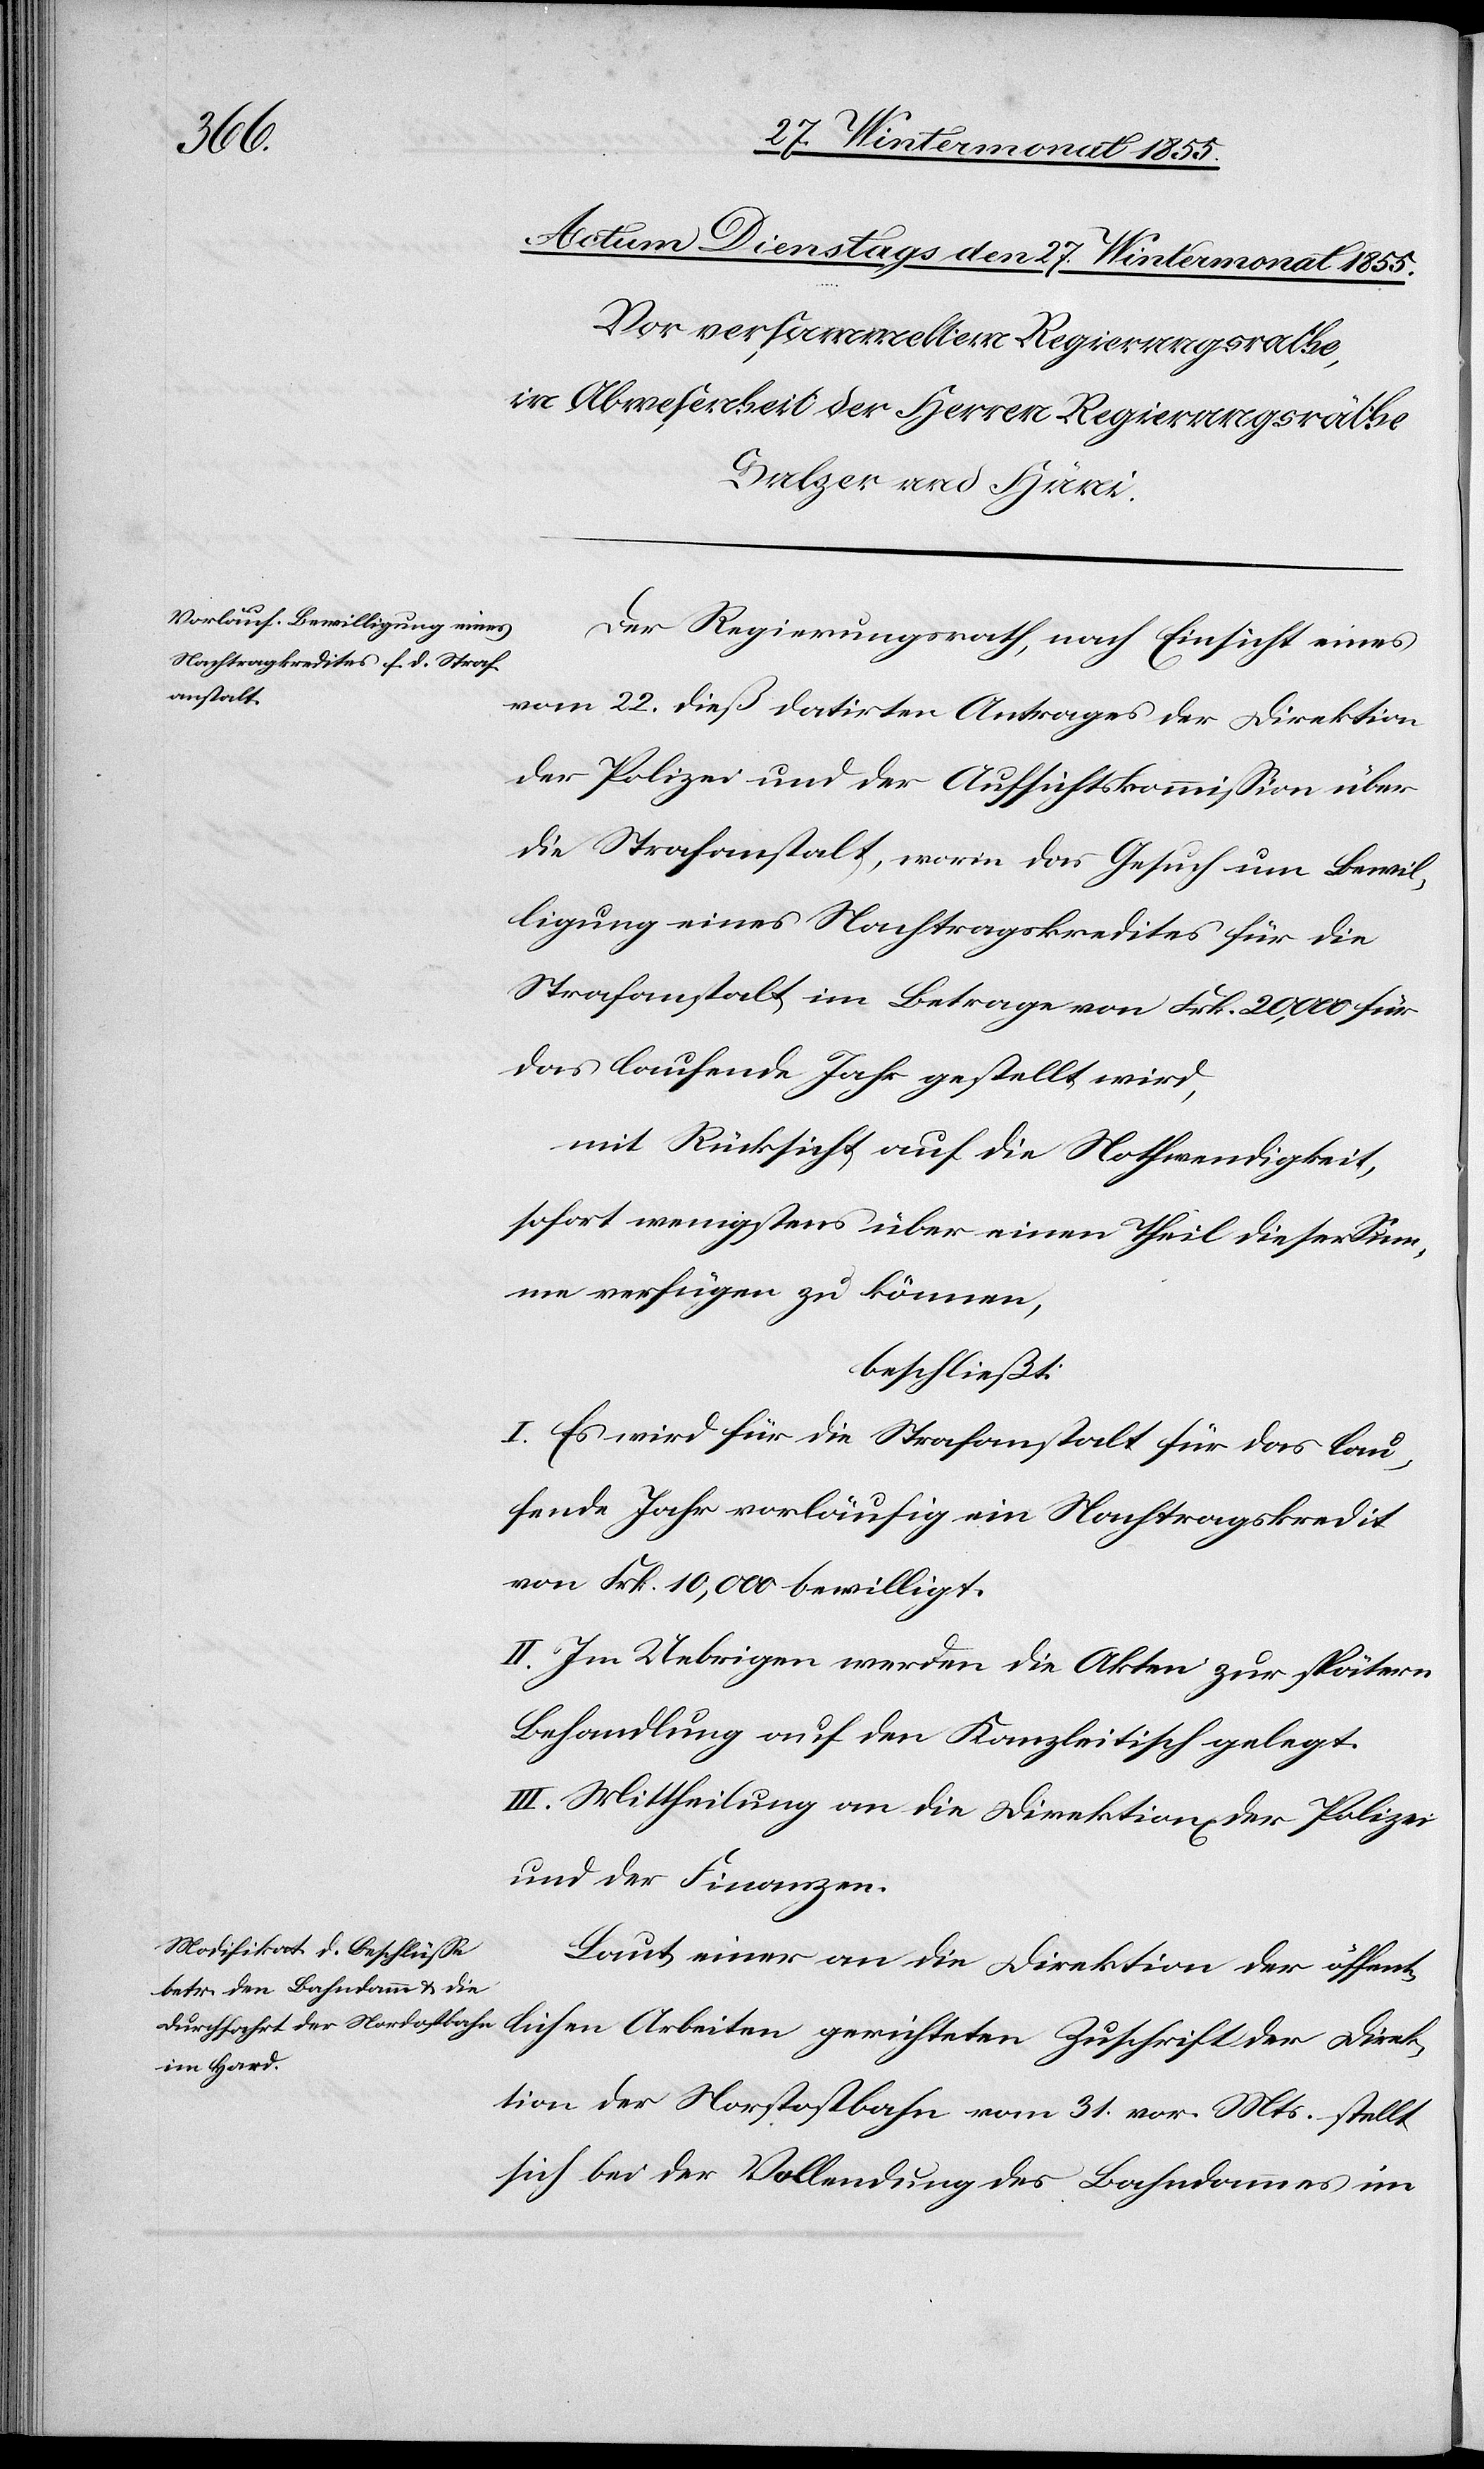
Der Regierungsrath, nach Einsicht eines
vom 22. dieß datirten Antrages der Direktion
der Polizei und der Aufsichtskommission über
die Strafanstalt, worin das Gesuch um Bewil¬
ligung eines Nachtragskredites für die
Strafanstalt im Betrage von Frk. 20,000 für
das laufende Jahr gestellt wird,
mit Rücksicht auf die Nothwendigkeit,
sofort wenigstens über einen Theil dieser Sum¬
me verfügen zu können,
beschließt:
I. Es wird für die Strafanstalt für das lau¬
fende Jahr vorläufig ein Nachtragskredit
von Frk. 10,000 bewilligt.
II. Im Uebrigen werden die Akten zur spätern
Behandlung auf den Kanzleitisch gelegt.
III. Mittheilung an die Direktion[en] der Polizei
und der Finanzen.
Laut einer an die Direktion der öffent¬
lichen Arbeiten gerichteten Zuschrift der Direk¬
tion der Nordostbahn vom 31. vor. Mts. stellt
sich bei der Vollendung des Bahndammes im